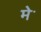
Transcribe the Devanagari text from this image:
मेॱ